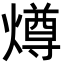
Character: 燇